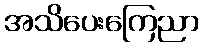
အသိပေးကြေညာ